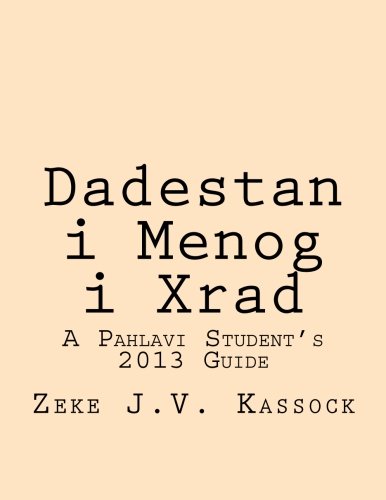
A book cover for Dadestan i Menog i Xrad: A Pahlavi Student's 2013 Guide; Zeke J.V. Kassock; Religion & Spirituality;